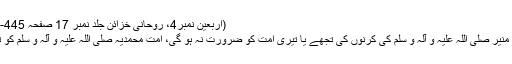
(اربعین نمبر4، روحانی خزائن جلد نمبر 17 صفحہ 445-446)
(سراج منیر صلی اللہ علیہ و آلہ و سلم کی کرنوں کی تجھے یا تیری امت کو ضرورت نہ ہو گی، امت محمدیہ صلی اللہ علیہ و آلہ و سلم کو تو ہے۔